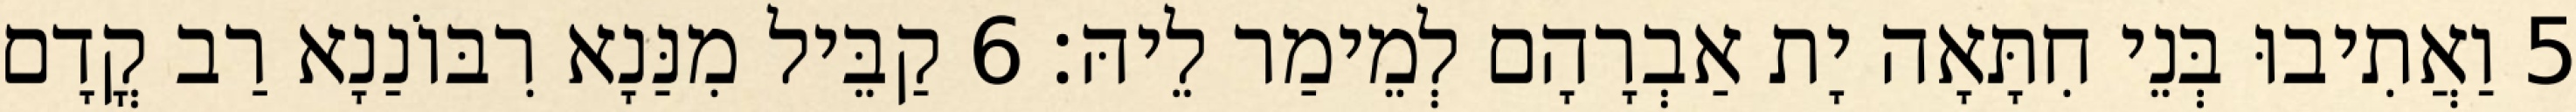
5 וַאֲתִיבוּ בְּנֵי חִתָּאָה יָת אַבְרָהָם לְמֵימַר לֵיהּ׃ 6 קַבֵּיל מִנַּנָא רִבּוֹנַנָא רַב קֳדָם